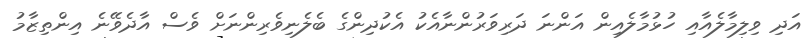
އަދި ވިލިމާލެއާއި ހުޅުމާލެއިން އަންނަ ދަރިވަރުންނާއެކު އެކުދިންގެ ބެލެނިވެރިންނަށް ވެސް އާދެވޭނެ އިންތިޒާމު